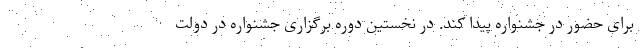
برای حضور در جشنواره پیدا کند. در نخستین دوره برگزاری جشنواره در دولت